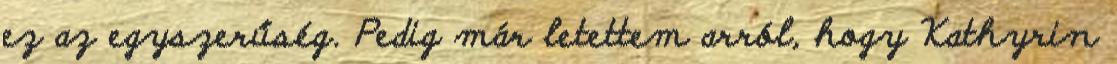
ez az egyszerűség. Pedig már letettem arról, hogy Kathyrin